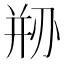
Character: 剙